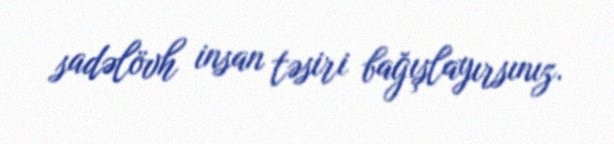
sadəlövh insan təsiri bağışlayırsınız.